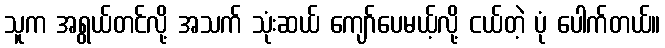
သူက အရွယ်တင်လို့ အသက် သုံးဆယ် ကျော်ပေမယ့်လို့ ငယ်တဲ့ ပုံ ပေါက်တယ်။